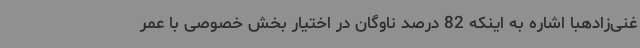
غنی‌زادهبا اشاره به اینکه 82 درصد ناوگان در اختیار بخش خصوصی با عمر